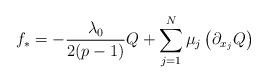
LaTeX: \begin{align*}f_*=- \frac{\lambda_0}{2(p-1)} Q + \sum_{j=1}^N \mu_j \left( \partial_{x_j} Q \right)\end{align*}